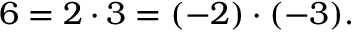
6 = 2 \cdot 3 = ( - 2 ) \cdot ( - 3 ) .